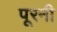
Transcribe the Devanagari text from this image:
पूरनी